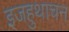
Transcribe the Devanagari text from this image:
इजहुथाचन